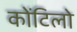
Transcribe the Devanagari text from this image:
कोंटिलो